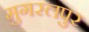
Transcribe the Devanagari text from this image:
मुगरलपुर